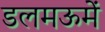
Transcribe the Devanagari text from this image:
डलमऊमें